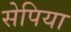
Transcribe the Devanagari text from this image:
सेपिया